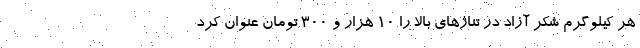
هر کیلوگرم شکر آزاد در تناژهای بالا را 10 هزار و 300 تومان عنوان کرد